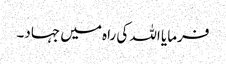
فرمایا اللہ کی راہ میں جہاد۔